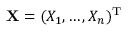
\mathbf { X } = ( X _ { 1 } , \ldots , X _ { n } ) ^ { \mathrm { { T } } }